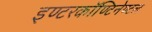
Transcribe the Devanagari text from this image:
इण्टरकॉण्टिनेण्टल